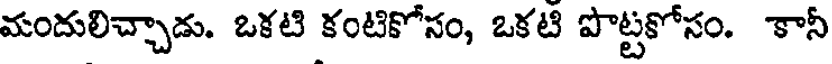
మందులిచ్చాడు. ఒకటి కంటికోసం, ఒకటి పొట్టకోసం. కానీ